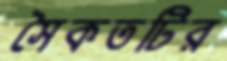
সৈকতটির